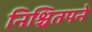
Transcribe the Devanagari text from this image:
निश्चितपने